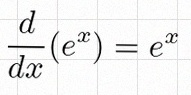
\frac{d}{dx}(e^x)=e^x